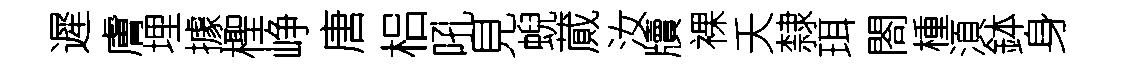
遲膚埋據檉峥唐梠吼見蜺蕆汝牘裸夭隸珥閤㮔湏鉢身